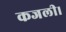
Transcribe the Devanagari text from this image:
कजली।